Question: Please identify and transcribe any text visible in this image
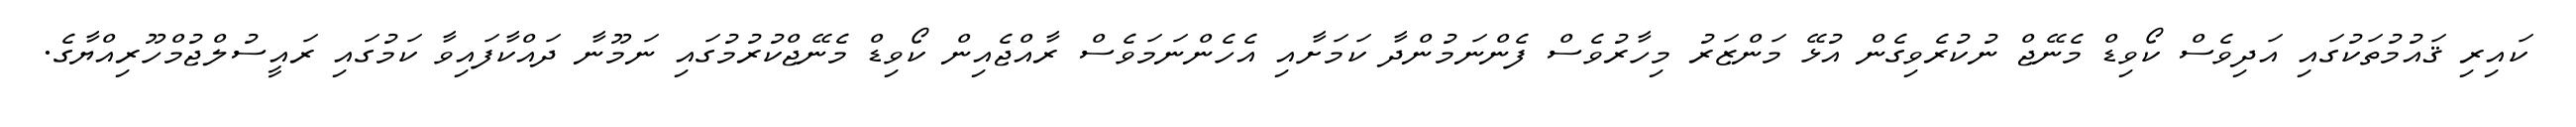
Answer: ކައިރި ޤައުމުތަކުގައި އަދިވެސް ކޯވިޑް މެނޭޖް ނުކުރެވިގެން އުޅޭ މަންޒަރު މިހާރުވެސް ފެންނަމުންދާ ކަމަށާއި އެހެންނަމަވެސް ރާއްޖެއިން ކޯވިޑް މެނޭޖްކުރުމުގައި ނަމޫނާ ދައްކާފައިވާ ކަމުގައި ރައީސުލްޖުމްހޫރިއްޔާގެ.